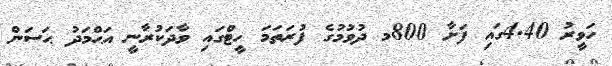
ހަވީރު 4.40ގައި ފަށާ 800މ ދުވުމުގެ ފުރަތަމަ ހީޓްގައި ވާދަކުރާނީ އަޙްމަދު ޙަސަން